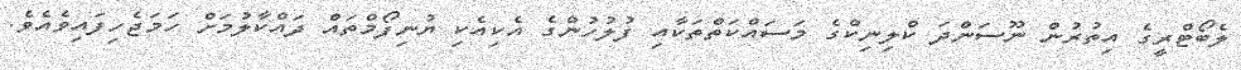
ލެބޯޓްރީގެ އިތުރުން ނޫސަންދަ ކްލިނިކްގެ މަސައްކަތްތަކާއި ފުލުހުންގެ އެކިއެކި ޔުނިފޯމްތައް ދައްކާލުމަށް ހަމަޖެހިފައިވެއެވެ.